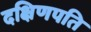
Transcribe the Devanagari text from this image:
दक्षिणपति